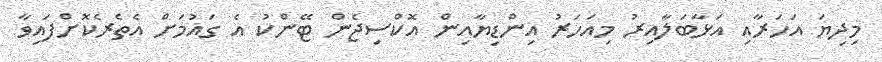
މިދިޔަ އަހަރާއި އަޅާބަލާއިރު މިއަހަރު އިންޑިޔާއިން އޮކްސިޖެން ޓޭންކު އެ ގައުމަށް އެތެރެކޮށްފައިވާ